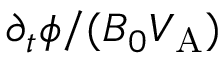
\partial _ { t } \phi / ( B _ { 0 } V _ { \mathrm { { A } } } )